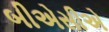
બીએસીએ